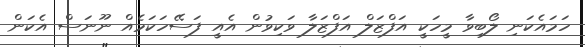
ހަމައެކަނި ލޯބިވާ މީހަކީ އަފްޒަލް އަފްޒަލާ ވަކިވުން އެއީ ފަސޭހަކަމެއް ނޫނަސް އެކަން